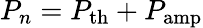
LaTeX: P_{n}=P_{\mathrm{th}}+P_{\mathrm{amp}}